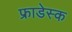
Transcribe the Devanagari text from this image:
फ्राडेस्क